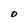
Character: D